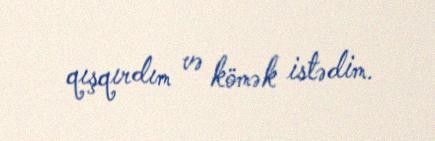
qışqırdım və kömək istədim.